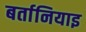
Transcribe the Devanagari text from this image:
बर्तानियाइ